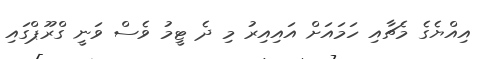
އިއްޔެގެ މެޗާއި ހަމައަށް އައިއިރު މި ދެ ޓީމު ވެސް ވަނީ ގްރޫޕްގައި